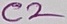
Text: C2